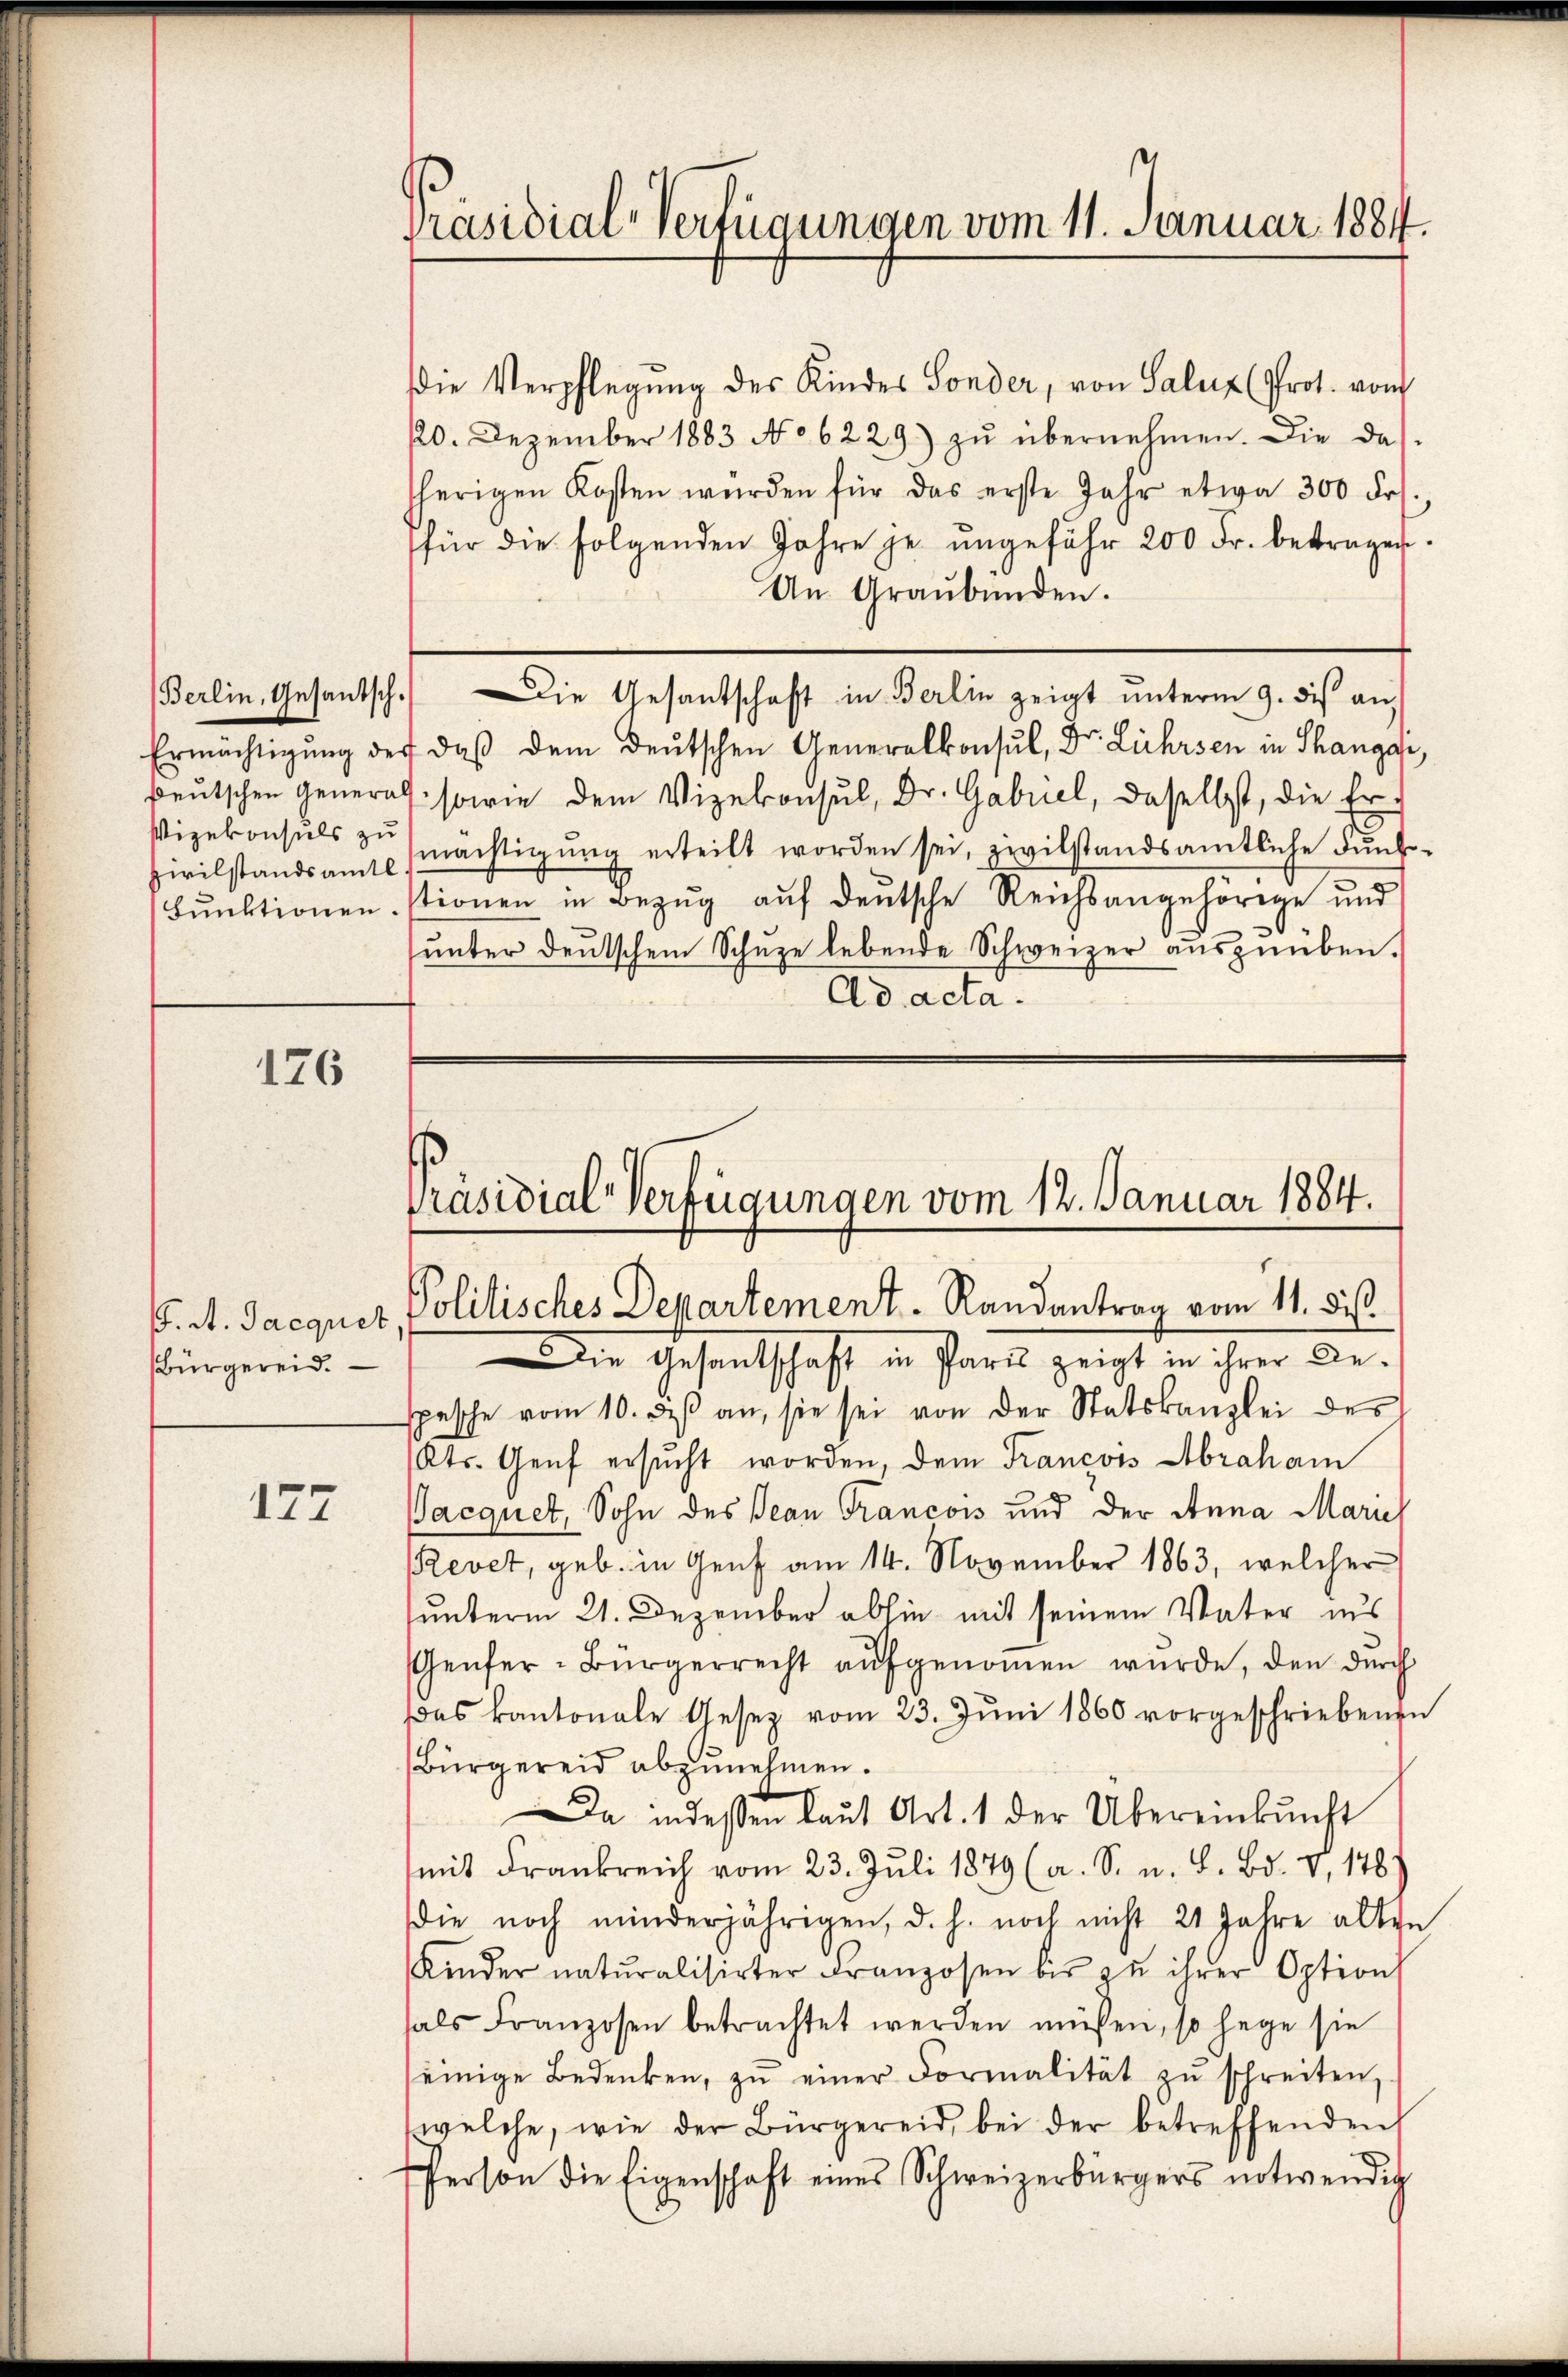
Vizekonsuls zu

126

177

Bürgereid.

Die Verpflegung des Kindes Sonder, von Saluz (Prot. vom
120. Dezember 1883 No 6229) zŭ übernehmen. Die das
sherigen Kosten würden für das erste Jahr etwa 300 Fr.
für die folgenden Jahre je ŭngefähr 200 Fr. betragen.
An Graubünden.
Ermächtigŭng der daβ dem deŭtschen Generalkonsul, Dr. Lehrsen in Thangar,
Beŭtschen General sowie dem Vizekonsul, Dr. Gabriel, daselbst, die Er-
Zivilstandsamt mächtigŭng erteilt worden sei, zivilstandsamtliche Fŭnk-
Fŭnktionen, stionen in Bezŭg aŭf deŭtsche Reichsangehörige und
unter deutschem Schuze lebende Schweizer auszuüben.
Ad acta.

Präsidial-Verfügungen vom 11. Januar 1884.

Berlin, Gesantsch. Die Gesantschaft in Berlin zeigt ŭnterm 9. des an

Präsidial-Verfügungen vom 12. Januar 1884.
C. A. Jacquer Politisches Departement. Randantrag vom 11. ds.

Die Gesantschaft in Paris zeigt in ihrer diespasche vom 10. des an, sie sei von der Statskanzlei des
Kts. Genf ersucht worden, dem Francois Abraham
Pacquet, Sohn des Jean Francois und der Anna Marie
Revet, geb. in Genf am 14. November 1863, welcher
unterm 21. Dezember abhin mit seinem Vater aus
Genfer-Bürgerrecht aufgenoṁen wurde, den durch
Das kantonale Gesez vom 23. Jŭni 1860 vorgeschriebenen
Bürgereid abzunehmen.
Da indeßen laŭt Art. 1 der Übereinkunft
mit Frankreich vom 23. Juli 1879 (a. S. n. F. Bd. V, 148.
die noch minderjährigen, d. h. noch nicht 21 Jahre alten
Kinder naturalisirter Franzosen bis zu ihrer Option
hals Franzosen betrachtet werden müssen, so hege sie
einige Bedenken, zŭ einer Formalität zŭ schreiten,
welche, wie der Bürgereid, bei der betreffenden
Person die Eigenschaft eines Schweizerbürgers notwendig